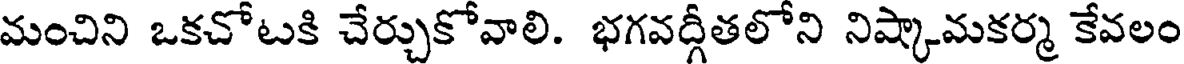
మంచిని ఒకచోటకి చేర్చుకోవాలి. భగవద్గీతలోని నిష్కామకర్మ కేవలం